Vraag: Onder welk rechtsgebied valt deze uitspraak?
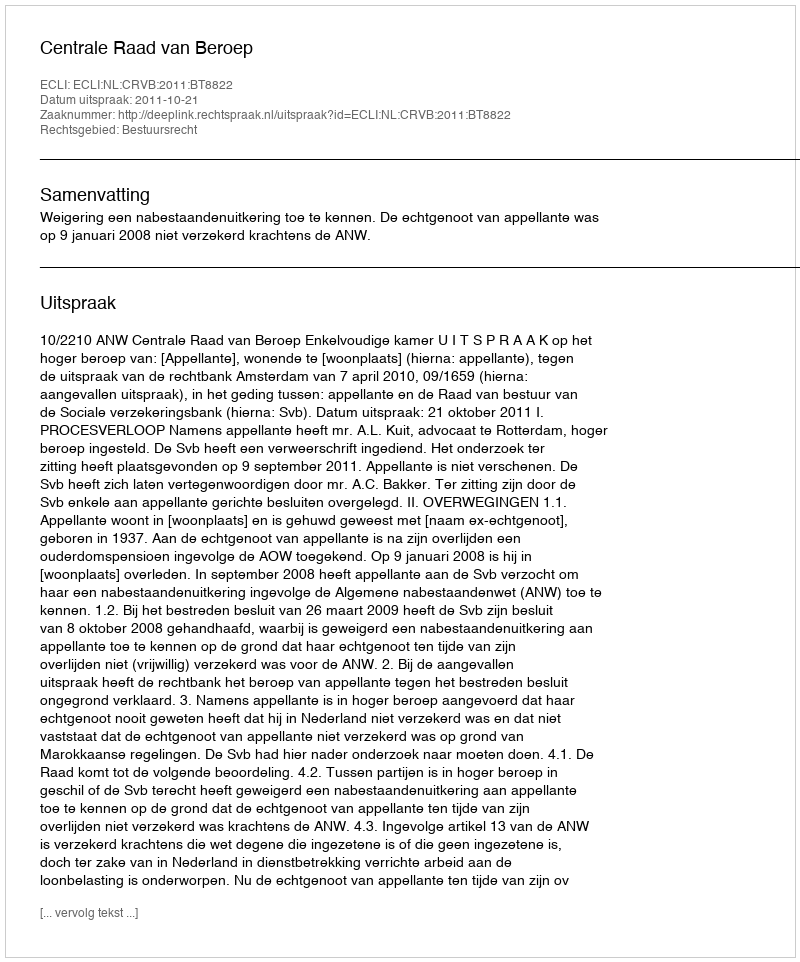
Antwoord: Bestuursrecht